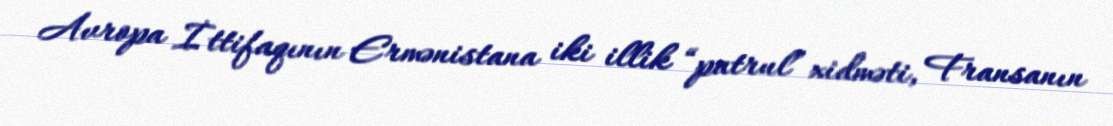
Avropa İttifaqının Ermənistana iki illik “patrul” xidməti, Fransanın